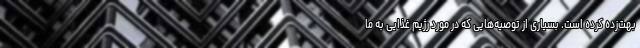
بهت‌زده کرده است. بسیاری از توصیه‌هایی که در مورد رژیم غذایی به ما